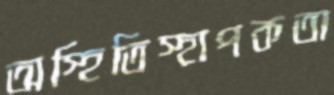
অস্হিতিস্হাপকতা